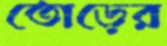
তোড়ের